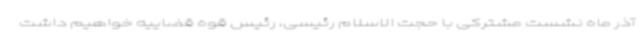
آذر ماه نشست مشترکی با حجت الاسلام رئیسی، رئیس قوه قضاییه خواهیم داشت